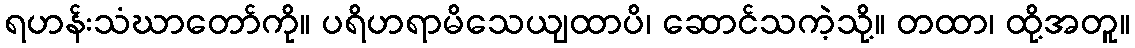
ရဟန်းသံဃာတော်ကို။ ပရိဟရာမိသေယျထာပိ၊ ဆောင်သကဲ့သို့။ တထာ၊ ထို့အတူ။